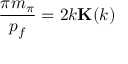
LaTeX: \frac { \pi m _ { \pi } } { p _ { f } } = 2 k { \bf K } ( k )